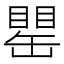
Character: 𦉍